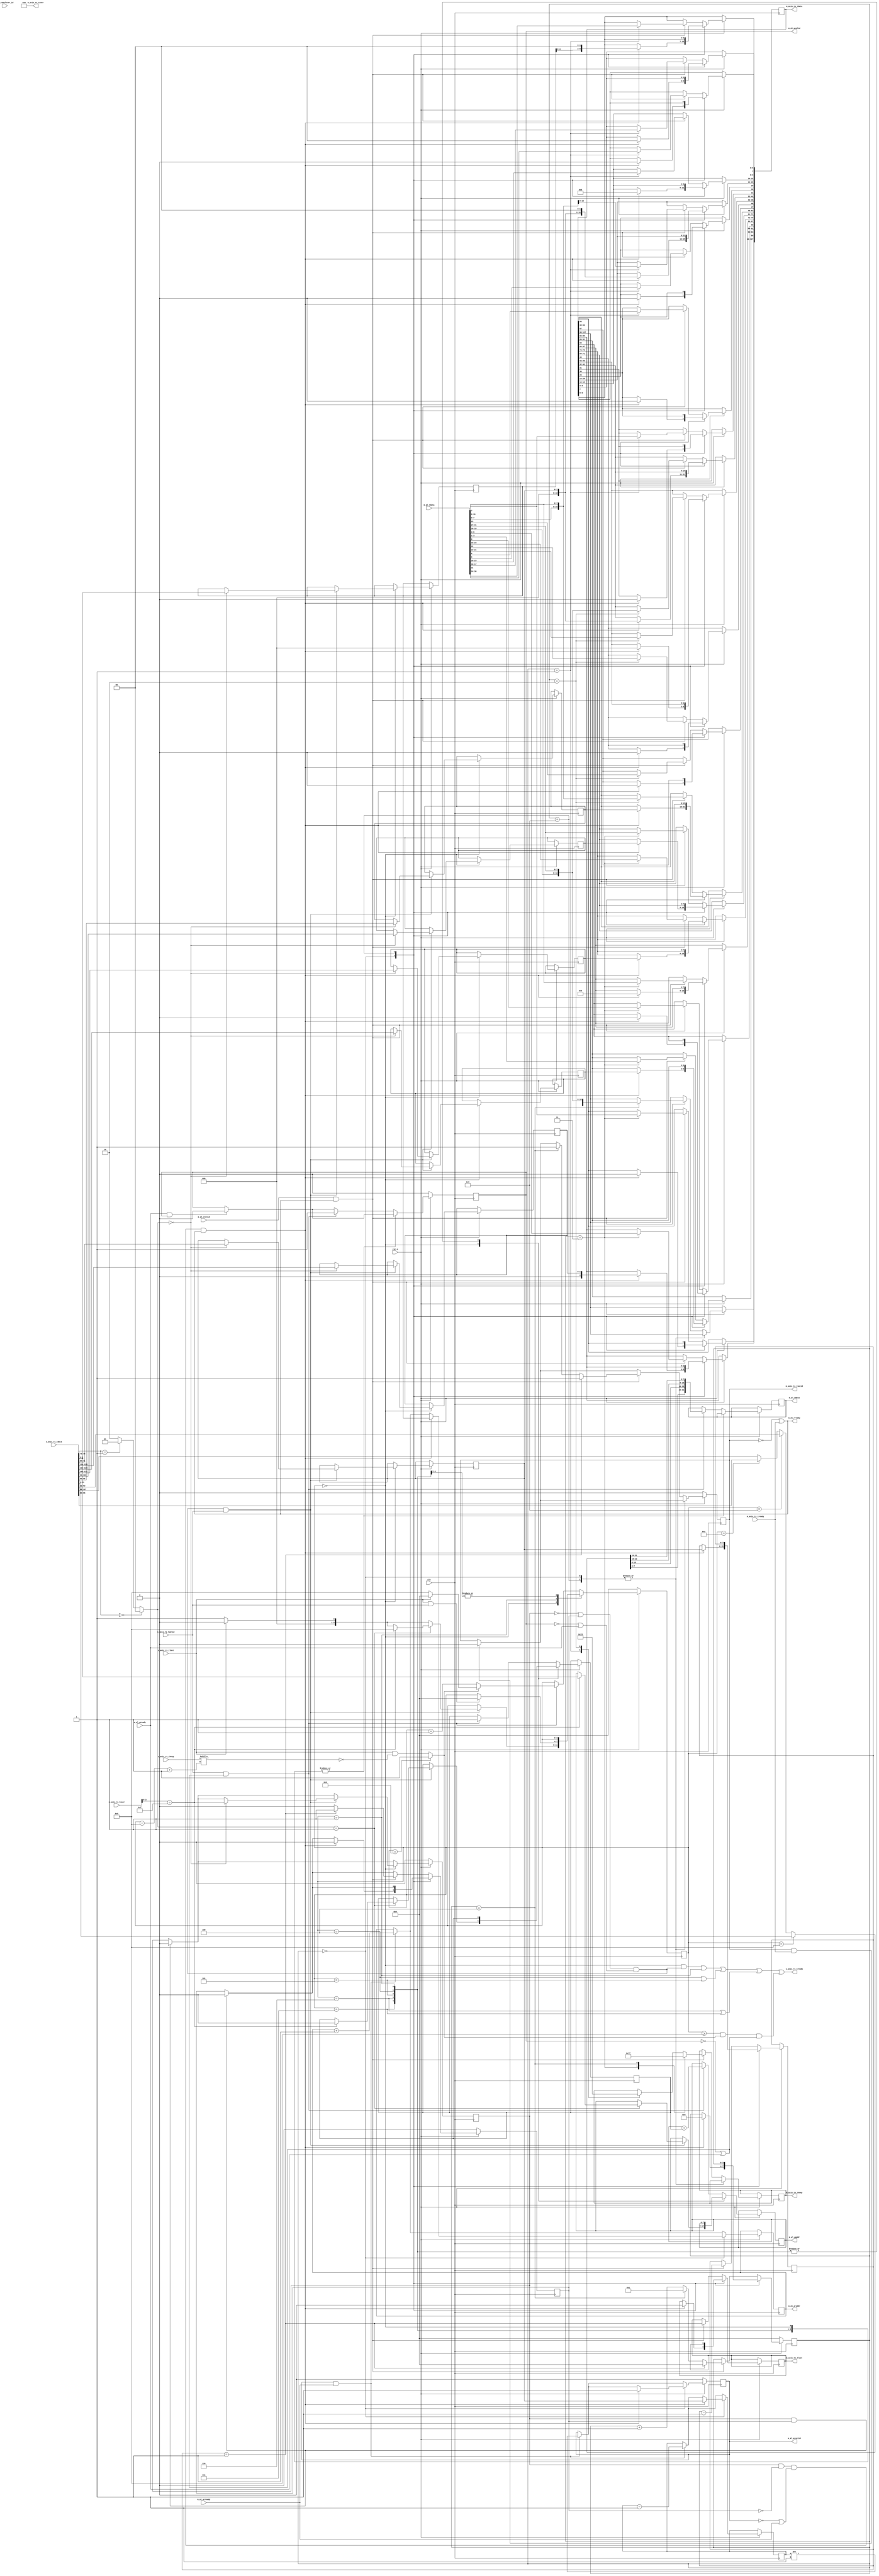
// SPDX-License-Identifier: CERN-OHL-P
//
// Copyright 2022-2024 Wavelet Lab
//
// USDR PROJECT
// CLEAN
//
// Bus width 256 / 128 for ULTRA_SCALE and 64 bit for 7-series
//
// Multiple CplD to a single MemRd isn't supported, so we assume all MemRd <= MaxPayload
//
// Parameters
//  RELAX_TIMING: 1 - Adds bubbly cycles in AL bus but relaxes timing in PCIe AXI-S, 0 - no extra bubbles
//  ULTRA_SCALE:  1 - UltraScale+, 0 - 7-series 
//  EN64BIT:      1 - Enable MemRd64 & MemWr64 on 7-seeries, no effect on UltraScale
//
// Note: cfg_completer_id isn't used in US+ mode, PCIE4 core will fill it automatically in TLP
//
module axis_pcie_to_al_us #(
    parameter ADDR_WIDTH = 10,
    parameter BUS_WIDTH = 128,
    parameter ULTRA_SCALE = 1,
    parameter TKEEP_WIDTH = BUS_WIDTH / 32,
    parameter SYNC_READ_WRITE = 1,
    parameter RELAX_TIMING = 0,
    parameter EN64BIT = 0,
    parameter DWISBE = 1'b1
)(
    input             clk,
    input             rst_n,

    // Configuration
    input  [15:0]                       cfg_completer_id,

    // AXI-S PCIe RX
    input  [BUS_WIDTH-1:0]              s_axis_rx_tdata,
    input  [TKEEP_WIDTH-1:0]            s_axis_rx_tkeep,
    input                               s_axis_rx_tlast,
    input                               s_axis_rx_tvalid,
    input  [87:0]                       s_axis_rx_tuser,
    output                              s_axis_rx_tready,

    // AXI-S PCIe TX
    input                               m_axis_tx_tready,
    output  reg [BUS_WIDTH-1:0]         m_axis_tx_tdata,
    output  reg [TKEEP_WIDTH-1:0]       m_axis_tx_tkeep,
    output  reg                         m_axis_tx_tlast,
    output  reg                         m_axis_tx_tvalid,
    output      [32:0]                  m_axis_tx_tuser,

    // AL Write channel
    output reg [ADDR_WIDTH - 1:2]       m_al_waddr,
    output reg [31:0]                   m_al_wdata,
    output reg                          m_al_wvalid,
    input                               m_al_wready,

    // AL Read address channel
    output reg [ADDR_WIDTH - 1:2]       m_al_araddr,
    output reg                          m_al_arvalid,
    input                               m_al_arready,

    // AL Read data channel signals
    input [31:0]                        m_al_rdata,
    input                               m_al_rvalid,
    output                              m_al_rready
);

// 7-series AXI-S PCIe bytes are already swapped
function automatic [31:0] swap_bdw;
    input [31:0] indw;
    begin
        swap_bdw = (DWISBE && ULTRA_SCALE || !DWISBE && !ULTRA_SCALE) ? { indw[7:0], indw[15:8], indw[23:16], indw[31:24] } : indw;
    end
endfunction

assign m_axis_tx_tuser = 0;

//UltraScale TLP types
localparam [3:0]
    US_MEM_RD = 4'b000,
    US_MEM_WR = 4'b001;

// 7-Series PCIe TLP types
localparam [6:0]
    MEM_RD32_FMT_TYPE =      7'b00_00000,   // 3DW
    MEM_RD64_FMT_TYPE =      7'b01_00000,   // 4DW
    MEM_WR32_FMT_TYPE =      7'b10_00000,   // 3DW + data
    MEM_WR64_FMT_TYPE =      7'b11_00000,   // 4DW + data
    CPL_FMT_TYPE =           7'b00_01010,   // 3DW
    CPL_DATA_FMT_TYPE =      7'b10_01010;   // 3DW + data

// Common TLP types
localparam [1:0] 
    MEM_RD = 0,
    MEM_WR = 1,
    UNSUPPORTED = 2;

localparam REQA_WIDTH = (ADDR_WIDTH < 7) ? 7 : ADDR_WIDTH;
localparam MAX_BURST_LEN_DW = 8;

reg [15:0]                   pcie_req_id;
reg [7:0]                    pcie_tag;
reg [7:0]                    pcie_trg_func;
reg [2:0]                    pcie_tc;
reg [1:0]                    pcie_attr;
reg [MAX_BURST_LEN_DW-1:0]   pcie_len_dw; // max 128 DW -> 512 bytes
reg [REQA_WIDTH-1:2]         pcie_req_addr;
reg                          pcie_req_valid;
wire                         pcie_req_ready;

wire        tlp_ep;
wire [1:0]  tlp_addr_type;
wire [63:2] tlp_addr;
wire [10:0] tlp_length;
wire [3:0]  tlp_req_type;
wire [15:0] tlp_req_id;
wire [7:0]  tlp_tag;
wire [7:0]  tlp_trg_func;
wire [2:0]  tlp_bar_id;
wire [5:0]  tlp_bar_apr;
wire [2:0]  tlp_tc;
wire [2:0]  tlp_attr;

wire [3:0]  tlp_fdwbe;
wire [3:0]  tlp_ldwbe;

wire [1:0]  tlp_common_type;

wire        tlp64bit;
generate 
if (ULTRA_SCALE) begin
    assign tlp_ep       = 0;
    assign tlp_addr_type= s_axis_rx_tdata[1:0];
    assign tlp_addr     = s_axis_rx_tdata[63:2];
    assign tlp_length   = s_axis_rx_tdata[74:64];
    assign tlp_req_type = s_axis_rx_tdata[78:75];
    assign tlp_req_id   = s_axis_rx_tdata[95:80];
    assign tlp_tag      = s_axis_rx_tdata[103:96];
    assign tlp_trg_func = s_axis_rx_tdata[111:104];
    assign tlp_bar_id   = s_axis_rx_tdata[114:112];
    assign tlp_bar_apr  = s_axis_rx_tdata[120:115];
    assign tlp_tc       = s_axis_rx_tdata[123:121];
    assign tlp_attr     = s_axis_rx_tdata[126:124];

    assign tlp_fdwbe    = s_axis_rx_tuser[3:0];
    assign tlp_ldwbe    = s_axis_rx_tuser[7:4];
    
    assign tlp_common_type =
        (tlp_req_type == US_MEM_RD) ? MEM_RD :
        (tlp_req_type == US_MEM_WR) ? MEM_WR : UNSUPPORTED;

    assign tlp64bit     = 1'b1;
    
    if (BUS_WIDTH != 128 && BUS_WIDTH != 256) begin
        incorrect_us_bus_width module_error(.width(BUS_WIDTH));
    end
end else begin
    wire [1:0] tlp_fmt;
    wire [4:0] tlp_type;
    
    // Beat 0:
    assign tlp_length    = s_axis_rx_tdata[9:0];
    assign tlp_addr_type = s_axis_rx_tdata[11:10];
    assign tlp_attr   = 
        { s_axis_rx_tdata[18], s_axis_rx_tdata[13:12] };
    assign tlp_ep     = s_axis_rx_tdata[14];
    assign tlp_dp     = s_axis_rx_tdata[15];
    // TH - 16
    // LN - 17
    //  reserved        s_axis_rx_tdata[19]
    assign tlp_tc     = s_axis_rx_tdata[22:20];
    //  reserved        s_axis_rx_tdata[23]
    assign tlp_type   = s_axis_rx_tdata[28:24];
    assign tlp_fmt    = s_axis_rx_tdata[30:29];
    //  reserved        s_axis_rx_tdata[31]
    assign tlp_fdwbe  = s_axis_rx_tdata[35:32];
    assign tlp_ldwbe  = s_axis_rx_tdata[39:36];
    assign tlp_tag    = s_axis_rx_tdata[47:40];
    assign tlp_req_id = s_axis_rx_tdata[63:48];
    
    assign tlp_common_type =
        ({tlp_fmt,tlp_type} == MEM_RD32_FMT_TYPE) ? MEM_RD :
        ({tlp_fmt,tlp_type} == MEM_WR32_FMT_TYPE) ? MEM_WR :
        (({tlp_fmt,tlp_type} == MEM_RD64_FMT_TYPE) && EN64BIT) ? MEM_RD :
        (({tlp_fmt,tlp_type} == MEM_WR64_FMT_TYPE) && EN64BIT) ? MEM_WR : UNSUPPORTED;
    assign tlp64bit   = (EN64BIT && tlp_fmt[0] == 1'b1);
    
    //Beat 1: ADDR32 or ADDR64
       
    if (BUS_WIDTH != 64) begin
        incorrect_7s_bus_width module_error(.width(BUS_WIDTH));
    end
end
endgenerate

// byte_en [23:8] or [39:8]
// sop [40]
// discontinue [41]
// tph_preset
// tph_type[1:0]
// tph_st_tag[7:0]
// parity[31]

localparam [3:0] 
    TX_RESET = 0,
    TX_SKIP = 1,
    TX_HDR2_TX32 = 4,
    TX_HDR2_TX64 = 5,
    TX_HDR2_RX32 = 6,
    TX_HDR2_RX64 = 7,
    TX_DW0 = 8,
    TX_DW1 = 9,
    TX_DW2 = 10,
    TX_DW3 = 11,
    TX_DW4 = 12,
    TX_DW5 = 13,
    TX_DW6 = 14,
    TX_DW7 = 15;
reg [3:0] state;

wire last_dw_in_transfer = (
    BUS_WIDTH == 256 && (state == TX_DW7 ? 1'b1 : s_axis_rx_tlast && ~s_axis_rx_tkeep[state - TX_DW0 + 1'b1]) ||
    BUS_WIDTH == 128 && (state == TX_DW3 ? 1'b1 : s_axis_rx_tlast && ~s_axis_rx_tkeep[state - TX_DW0 + 1'b1]) ||
    BUS_WIDTH == 64 && (state == TX_DW1 ? 1'b1 : s_axis_rx_tlast && ~s_axis_rx_tkeep[1'b1]));

wire pcie_core_rx_ready = (~pcie_req_valid || (!RELAX_TIMING && pcie_req_ready));
wire pcie_core_tx_ready = (~m_al_wvalid    || (!RELAX_TIMING && m_al_wready));
wire pcie_core_ready = 
        SYNC_READ_WRITE ? pcie_core_rx_ready && pcie_core_tx_ready :
        (tlp_common_type == MEM_WR) ? pcie_core_tx_ready :
        (tlp_common_type == MEM_RD) ? pcie_core_rx_ready : 1'b1;
        
wire pcie_b256_single_dw = s_axis_rx_tlast && !s_axis_rx_tkeep[5];
assign s_axis_rx_tready = (state == TX_RESET && ((BUS_WIDTH == 256 ? pcie_b256_single_dw : 1'b1) && pcie_core_ready)) ||
                          (state == TX_SKIP)   ||
                          (state == TX_HDR2_TX32 || state == TX_HDR2_TX64)   ||
                          (state == TX_HDR2_RX32 || state == TX_HDR2_RX64)   ||
                          ((state >= TX_DW0) && (last_dw_in_transfer) && (!m_al_wvalid || m_al_wready));

wire valid32bit_tlp_req = (tlp_ep == 1'b0 && tlp_fdwbe == 4'hF);
reg tx_inc_addr;

generate 
if (!ULTRA_SCALE) begin
assign tlp_addr     = (EN64BIT && (state == TX_HDR2_TX64 || state == TX_HDR2_RX64)) ?
       { s_axis_rx_tdata[31:0], s_axis_rx_tdata[63:34] } : { 32'h0, s_axis_rx_tdata[31:2] };
end
endgenerate

always @( posedge clk ) begin
  if (!rst_n) begin
    m_al_wvalid      <= 1'b0;
    pcie_req_valid   <= 1'b0;
    
    state            <= TX_RESET;
  end else begin
    if (m_al_wready && m_al_wvalid) begin
      m_al_wvalid <= 1'b0;
    end
    
    if (pcie_req_valid && pcie_req_ready) begin
      pcie_req_valid <= 1'b0;
    end

    case (state)
    TX_RESET: begin
      if (pcie_core_ready && s_axis_rx_tvalid) begin
        case (tlp_common_type)
        MEM_WR: begin
          if (valid32bit_tlp_req) begin           
            if (BUS_WIDTH == 256) begin
                m_al_wdata       <= swap_bdw(s_axis_rx_tdata[159:128]);
                m_al_waddr       <= tlp_addr[ADDR_WIDTH - 1:2];
                m_al_wvalid      <= 1'b1;
                tx_inc_addr      <= 1'b1;
                state            <= (pcie_b256_single_dw) ? TX_RESET : TX_DW5;
            end else if (BUS_WIDTH == 128) begin
                m_al_waddr       <= tlp_addr[ADDR_WIDTH - 1:2];
                tx_inc_addr      <= 1'b0;
                state            <= TX_DW0;
            end else if (BUS_WIDTH == 64) begin
                tx_inc_addr      <= 1'b0;
                state            <= tlp64bit ? TX_HDR2_TX64 : TX_HDR2_TX32;
            end
            
          end else begin
            state <= s_axis_rx_tlast ? TX_RESET : TX_SKIP;
          end
        end
        
        MEM_RD: begin
          pcie_trg_func <= tlp_trg_func;
          pcie_req_id   <= tlp_req_id;
          pcie_tag      <= tlp_tag;
          pcie_tc       <= tlp_tc;
          pcie_attr     <= tlp_attr;
          pcie_len_dw   <= tlp_length[MAX_BURST_LEN_DW-1:0]; // holds up to 128DW == 512 Bytes
            
          if (BUS_WIDTH == 64) begin
            state         <= !valid32bit_tlp_req ? TX_SKIP : tlp64bit ? TX_HDR2_RX64 : TX_HDR2_RX32;
          end else begin
            pcie_req_valid<= valid32bit_tlp_req;
            pcie_req_addr <= tlp_addr[REQA_WIDTH-1:2];
            state         <= s_axis_rx_tlast ? TX_RESET : TX_SKIP;
          end
        end

        default: begin
          state <= s_axis_rx_tlast ? TX_RESET : TX_SKIP;
        end
        
        endcase
      end
    end // TX_RESET

    TX_SKIP: begin
      if (s_axis_rx_tlast && s_axis_rx_tvalid) begin
        state <= TX_RESET;
      end
    end
    
    TX_HDR2_RX32, TX_HDR2_RX64: begin
        if (s_axis_rx_tready && s_axis_rx_tvalid && !ULTRA_SCALE) begin
            pcie_req_valid <= 1'b1;
            pcie_req_addr  <= tlp_addr[ADDR_WIDTH - 1:2];
            state          <= TX_RESET;
        end
    end
    
    TX_HDR2_TX32, TX_HDR2_TX64: begin
        if (s_axis_rx_tready && s_axis_rx_tvalid && !ULTRA_SCALE) begin
            m_al_waddr     <= tlp_addr[ADDR_WIDTH - 1:2];
            
            if (state == TX_HDR2_TX64) begin
                tx_inc_addr      <= 1'b0;
                state            <= TX_DW0;
            end else begin
                m_al_wdata       <= swap_bdw(s_axis_rx_tdata[63:32]);
                m_al_wvalid      <= 1'b1;
                tx_inc_addr      <= 1'b1;
                state            <= s_axis_rx_tlast ? TX_RESET : TX_DW0;
            end
        end
    end

    default: begin
      if (s_axis_rx_tvalid && (!m_al_wvalid || m_al_wready)) begin
        tx_inc_addr    <= 1'b1;
        m_al_waddr     <= m_al_waddr + tx_inc_addr;
        
        if (BUS_WIDTH == 256) begin
            m_al_wdata   <= swap_bdw(
                state == TX_DW0 ? s_axis_rx_tdata[31:0] :
                state == TX_DW1 ? s_axis_rx_tdata[63:32] :
                state == TX_DW2 ? s_axis_rx_tdata[95:64] :
                state == TX_DW3 ? s_axis_rx_tdata[127:96] :
                state == TX_DW4 ? s_axis_rx_tdata[159:128] :
                state == TX_DW5 ? s_axis_rx_tdata[191:160] :
                state == TX_DW6 ? s_axis_rx_tdata[223:192] : s_axis_rx_tdata[255:224]);
        end else if (BUS_WIDTH == 128) begin
            m_al_wdata   <= swap_bdw(
                state == TX_DW0 ? s_axis_rx_tdata[31:0] :
                state == TX_DW1 ? s_axis_rx_tdata[63:32] :
                state == TX_DW2 ? s_axis_rx_tdata[95:64] : s_axis_rx_tdata[127:96]);
        end else begin
            m_al_wdata   <=  swap_bdw(state == TX_DW0 ? s_axis_rx_tdata[31:0] : s_axis_rx_tdata[63:32]);
        end
        
        m_al_wvalid <= 1'b1;

        if (last_dw_in_transfer) begin
            state <= s_axis_rx_tlast ? TX_RESET : TX_DW0;
        end else begin
            state <= state + 1'b1;
        end
        
      end
    end
    endcase
    
  end
end
    
reg [3:0]   rx_state;
localparam [3:0] 
    RX_RESET = 0,
    RX_HDR2 = 9,
    RX_DW0 = 1,
    RX_DW1 = 2,
    RX_DW2 = 3,
    RX_DW3 = 4,
    RX_DW4 = 5,
    RX_DW5 = 6,
    RX_DW6 = 7,
    RX_DW7 = 8;

reg pcie_req_processed;
assign pcie_req_ready = pcie_req_processed;

reg [MAX_BURST_LEN_DW-1:0]            pcie_len_dw_rd;
reg [MAX_BURST_LEN_DW-1:0]            pcie_len_dw_rb;
wire rx_last_dw_in_lane = (BUS_WIDTH == 256 && rx_state == RX_DW7 || BUS_WIDTH == 128 && rx_state == RX_DW3 || BUS_WIDTH == 64 && rx_state == RX_DW1);
wire rx_last_transfer = (pcie_len_dw_rb == 1);

assign m_al_rready = (~m_axis_tx_tvalid || m_axis_tx_tready);

always @( posedge clk ) begin
  if (!rst_n) begin
    rx_state           <= RX_RESET;
    m_axis_tx_tvalid   <= 1'b0;
    m_al_arvalid       <= 1'b0;
    pcie_req_processed <= 1'b0;
  end else begin
    if (m_al_arvalid && m_al_arready) begin
        pcie_len_dw_rd <= pcie_len_dw_rd - 1'b1;
        m_al_araddr    <= m_al_araddr + 1'b1;
        m_al_arvalid   <= (pcie_len_dw_rd != 1);
    end
    
    if (m_axis_tx_tvalid && m_axis_tx_tready) begin
        m_axis_tx_tvalid <= 1'b0;
    end
    
    if (pcie_req_processed && pcie_req_valid) begin
        pcie_req_processed <= 1'b0;
    end
  
    case (rx_state)
    RX_RESET: begin
        if (pcie_req_valid && ~pcie_req_processed && (~m_al_arvalid || m_al_arready) && (~m_axis_tx_tvalid || m_axis_tx_tready)) begin
            pcie_len_dw_rd <= pcie_len_dw;
            pcie_len_dw_rb <= pcie_len_dw;
            m_al_araddr    <= pcie_req_addr;
            m_al_arvalid   <= 1'b1;
            
            if (ULTRA_SCALE) begin
                // Completion header (3 DWs)
                m_axis_tx_tdata[6:0]   <= { pcie_req_addr[6:2], 2'b00 };
                m_axis_tx_tdata[7]     <= 1'b0;  //Reserved
                m_axis_tx_tdata[9:8]   <= 2'b00; //Address type
                m_axis_tx_tdata[15:10] <= 6'h0;
                m_axis_tx_tdata[28:16] <= { pcie_len_dw, 2'b00 };
                m_axis_tx_tdata[29]    <= 0;
                m_axis_tx_tdata[30]    <= 0;
                m_axis_tx_tdata[31]    <= 0;
                m_axis_tx_tdata[42:32] <= pcie_len_dw;
                m_axis_tx_tdata[45:43] <= 3'b000; // Successful completion
                m_axis_tx_tdata[46]    <= 1'b0;
                m_axis_tx_tdata[47]    <= 1'b0;
                m_axis_tx_tdata[63:48] <= pcie_req_id;
                m_axis_tx_tdata[71:64] <= pcie_tag;
                m_axis_tx_tdata[79:72] <= pcie_trg_func;
                m_axis_tx_tdata[87:80] <= 0; //Completer Bus Number
                m_axis_tx_tdata[88]    <= 1'b0;
                m_axis_tx_tdata[91:89] <= pcie_tc;
                m_axis_tx_tdata[94:92] <= pcie_attr;
                m_axis_tx_tdata[95]    <= 1'b0;
                
                m_axis_tx_tlast        <= 1'b0;
                rx_state               <= RX_DW3;
                pcie_req_processed     <= !SYNC_READ_WRITE;
            end else begin
                m_axis_tx_tdata[63:32] <= { cfg_completer_id, 3'b000, 1'b0, { 2'b0, pcie_len_dw, 2'b0 }};
                m_axis_tx_tdata[31:0]  <= { 1'b0, CPL_DATA_FMT_TYPE, 1'b0, pcie_tc, 4'b0, 1'b0, 1'b0, pcie_attr[1:0], 2'b0, { 2'b0, pcie_len_dw } };
                m_axis_tx_tlast        <= 1'b0;
                m_axis_tx_tkeep   <= 2'b11;
                m_axis_tx_tvalid       <= 1'b1;
                rx_state               <= RX_HDR2;
            end
        end
    end
    
    RX_HDR2: begin
        if (m_al_rvalid && m_al_rready && !ULTRA_SCALE) begin
            m_axis_tx_tdata[63:0]  <= { swap_bdw(m_al_rdata),
                                        pcie_req_id, pcie_tag, 1'b0, pcie_req_addr[6:2], 2'b0 };
            m_axis_tx_tkeep   <= 2'b11;
            m_axis_tx_tvalid       <= 1'b1;
            
            pcie_len_dw_rb         <= pcie_len_dw_rb - 1'b1;
            m_axis_tx_tlast        <= rx_last_transfer;
            
            rx_state               <= rx_last_transfer ? RX_RESET : RX_DW0; 
            pcie_req_processed     <= !SYNC_READ_WRITE ? 1'b1 : rx_last_transfer ? 1'b1 : 1'b0; 
        end
    end
    
    default: begin
        if (m_al_rvalid && m_al_rready) begin
            
            case (rx_state)
            RX_DW0: begin m_axis_tx_tdata[31:0]    <= swap_bdw(m_al_rdata); m_axis_tx_tkeep   <= 1'b1; end
            RX_DW1: begin m_axis_tx_tdata[63:32]   <= swap_bdw(m_al_rdata); m_axis_tx_tkeep   <= 2'b11; end
            endcase
            
            if (BUS_WIDTH >= 128) case (rx_state)
            RX_DW2: begin m_axis_tx_tdata[95:64]   <= swap_bdw(m_al_rdata); m_axis_tx_tkeep   <= 3'b111; end
            RX_DW3: begin m_axis_tx_tdata[127:96]  <= swap_bdw(m_al_rdata); m_axis_tx_tkeep   <= 4'b1111; end
            endcase
            
            if (BUS_WIDTH >= 256) case (rx_state)
            RX_DW4: begin m_axis_tx_tdata[159:128] <= swap_bdw(m_al_rdata); m_axis_tx_tkeep   <= 5'b11111; end
            RX_DW5: begin m_axis_tx_tdata[191:160] <= swap_bdw(m_al_rdata); m_axis_tx_tkeep   <= 6'b111111; end
            RX_DW6: begin m_axis_tx_tdata[223:192] <= swap_bdw(m_al_rdata); m_axis_tx_tkeep   <= 7'b1111111; end
            RX_DW7: begin m_axis_tx_tdata[255:224] <= swap_bdw(m_al_rdata); m_axis_tx_tkeep   <= 8'b11111111; end
            endcase
            
            pcie_len_dw_rb     <= pcie_len_dw_rb - 1'b1;
            m_axis_tx_tlast    <= rx_last_transfer;
            pcie_req_processed <= 1'b0;
            
            if (rx_last_transfer) begin 
                m_axis_tx_tvalid   <= 1'b1;
                rx_state           <= RX_RESET;
                pcie_req_processed <= SYNC_READ_WRITE;
            end else if (rx_last_dw_in_lane) begin
                m_axis_tx_tvalid   <= 1'b1;
                rx_state           <= RX_DW0;
            end else begin
                rx_state           <= rx_state + 1'b1;
            end
        end
    end
    
    endcase

  end
end



endmodule